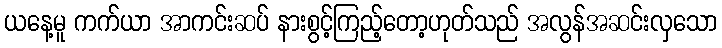
ယနေ့မူ ကက်ယာ အာကင်းဆပ် နားစွင့်ကြည့်တော့ဟုတ်သည် အလွန်အဆင်းလှသော